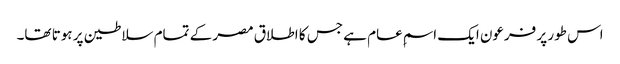
اس طور پر فرعون ایک اسمِ عام ہے جس کا اطلاق مصر کے تمام سلاطین پر ہوتا تھا۔